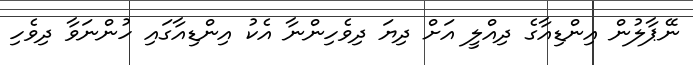
ނޭޕާލުން އިންޑިއާގެ ދިއްލީ އަށް ދިޔަ ދިވެހިންނާ އެކު އިންޑިއާގައި ހުންނަވާ ދިވެހި